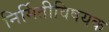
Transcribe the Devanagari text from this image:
निर्मितीविषयक